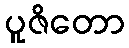
ပူဇိတော